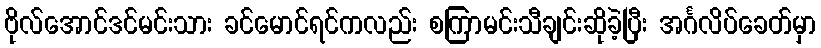
ဗိုလ်အောင်ဒင်မင်းသား ခင်မောင်ရင်ကလည်း စကြာမင်းသီချင်းဆိုခဲ့ပြီး အင်္ဂလိပ်ခေတ်မှာ